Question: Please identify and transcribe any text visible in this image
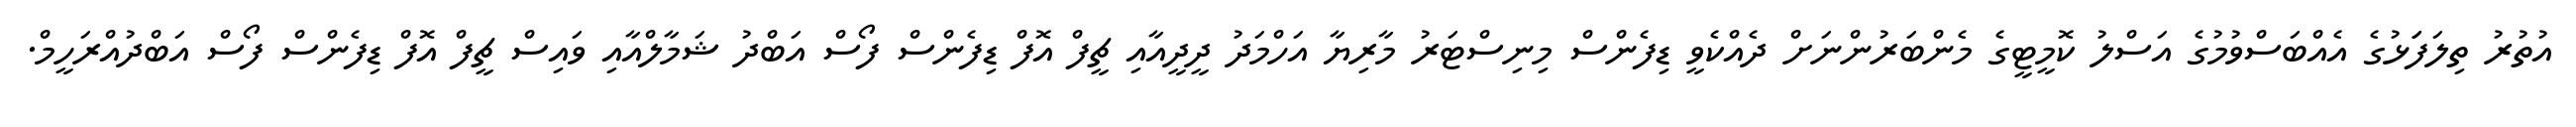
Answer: އުތުރު ތިލަފަަޅުގެ އެއްބަސްވުމުގެ އަސްލު ކޮމީޓީގެ މެންބަރުންނަށް ދެއްކެވީ ޑިފެންސް މިނިސްޓަރު މާރިޔާ އަހްމަދު ދީދީއާއި ޗީފް އޮފް ޑިފެންސް ފޯސް އަބްދު ޝަމާލްއާއި ވައިސް ޗީފް އޮފް ޑިފެންސް ފޯސް އަބްދުއްރަހީމް.